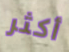
أكثر